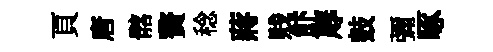
頁唐髂贅稔蔣贱飰蓐鼓彌啄